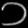
Digit: ၁